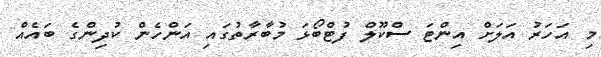
މި އަހަރު އަލަށް އިންޓަ ސްކޫލް ފުޓްބޯޅަ މުބާރާތުގައި އަންހެން ކުދިންގެ ބައެއް